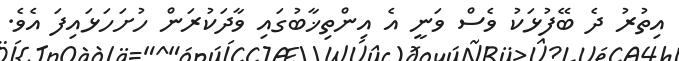
އިތުރު ދެ ބޭފުޅަކު ވެސް ވަނީ އެ އިންތިޚާބުގައި ވާދަކުރަން ހުށަހަޅައިފަ އެވެ.